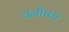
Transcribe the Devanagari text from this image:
वनौषध